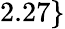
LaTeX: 2.27\}